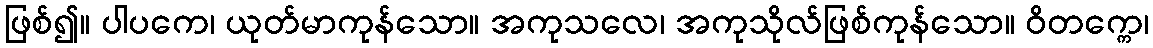
ဖြစ်၍။ ပါပကေ၊ ယုတ်မာကုန်သော။ အကုသလေ၊ အကုသိုလ်ဖြစ်ကုန်သော။ ဝိတက္ကေ၊